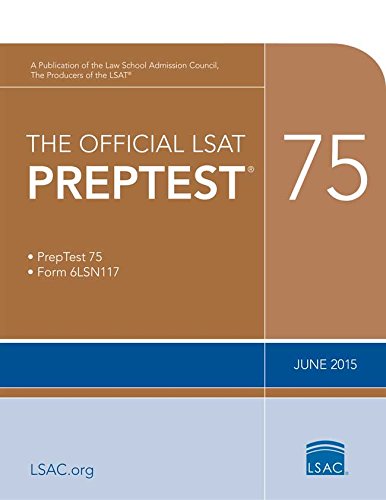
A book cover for The Official LSAT PrepTest 75: (June 2015 LSAT); Law School Admission Council; Test Preparation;